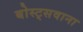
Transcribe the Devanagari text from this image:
बोस्ट्सवाना